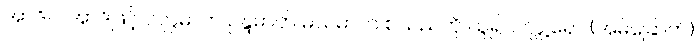
အာဒိ။ ။ အာဒိဖြင့် ဝလ္လဓာတ် ဥန္ဒဓာတ် မသဓာတ် စသည်ကို ယူ၍ ဝလ္လူရော (အမဲခြောက်)